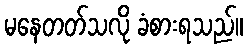
မနေတတ်သလို ခံစားရသည်။